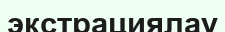
экстрациялау